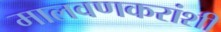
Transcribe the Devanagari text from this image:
मालवणकरांशी